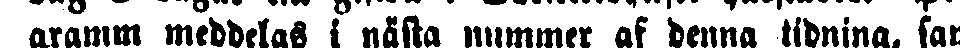
gramm meddelas i nästa nummer af denna tidning, sam